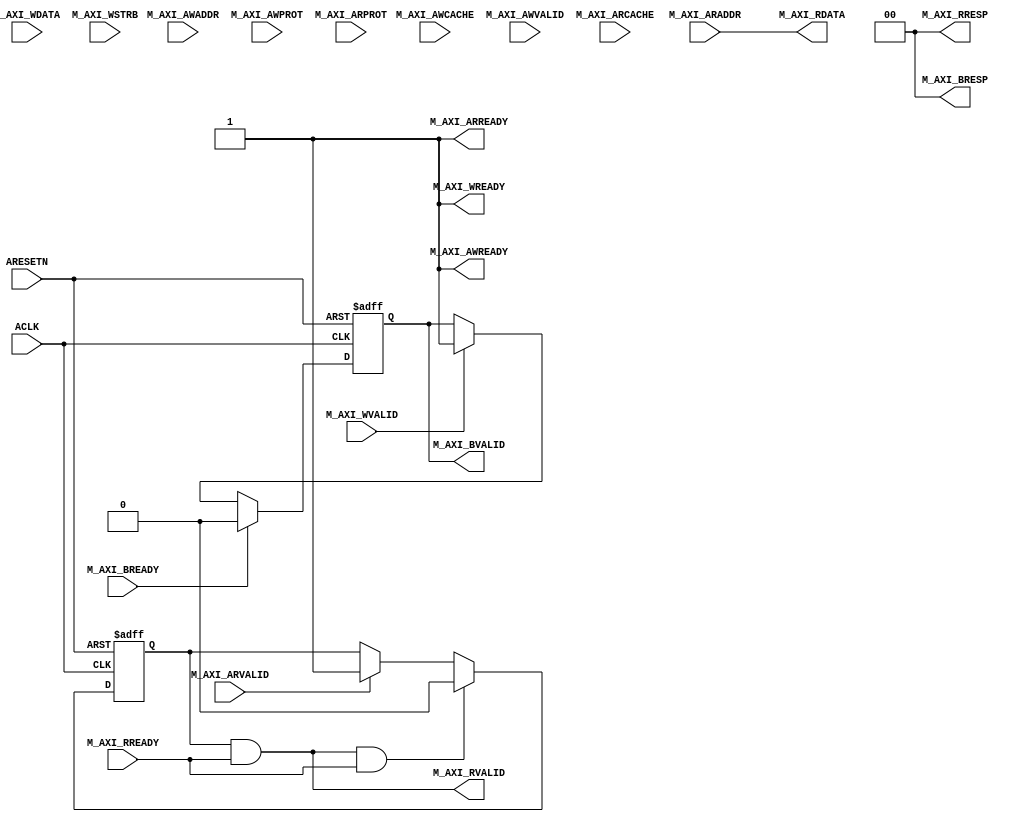
module tb_axil_slave_model
  (
   // Reset, Clock
   input            ARESETN,
   input            ACLK,

   // Master Write Address
   input [31:0]     M_AXI_AWADDR,
   input [3:0]      M_AXI_AWCACHE,
   input [2:0]      M_AXI_AWPROT,
   input            M_AXI_AWVALID,
   output reg       M_AXI_AWREADY,

   // Master Write Data
   input [31:0]     M_AXI_WDATA,
   input [3:0]      M_AXI_WSTRB,
   input            M_AXI_WVALID,
   output reg       M_AXI_WREADY,

   // Master Write Response
   output reg [1:0] M_AXI_BRESP,
   output           M_AXI_BVALID,
   input            M_AXI_BREADY,

   // Master Read Address
   input [31:0]     M_AXI_ARADDR,
   input [3:0]      M_AXI_ARCACHE,
   input [2:0]      M_AXI_ARPROT,
   input            M_AXI_ARVALID,
   output reg       M_AXI_ARREADY,

   // Master Read Data
   output [31:0]    M_AXI_RDATA,
   output reg [1:0] M_AXI_RRESP,
   output           M_AXI_RVALID,
   input            M_AXI_RREADY
   );

   initial begin
      M_AXI_AWREADY  = 1;
      M_AXI_WREADY   = 1;
      M_AXI_BRESP    = 0;
      M_AXI_RRESP    = 0;
      M_AXI_ARREADY  = 1;
   end

   // AXI Read
   reg axi_rena;
   reg [7:0]  axi_length;
   always @(posedge ACLK or negedge ARESETN) begin
      if(!ARESETN) begin
         axi_rena <= 0;
         axi_length <= 0;
      end else begin
         if(M_AXI_RVALID & M_AXI_RREADY) begin
            axi_rena <= 0;
         end else if(M_AXI_ARVALID) begin
            axi_rena <= 1;
         end
      end
   end
   assign M_AXI_RDATA  = M_AXI_ARADDR;
   assign M_AXI_RVALID = axi_rena & M_AXI_RREADY;

   // AXI BResponse
   reg axi_wvalid;
   always @(posedge ACLK or negedge ARESETN)begin
      if(!ARESETN) begin
         axi_wvalid <= 0;
      end else begin
         if(M_AXI_BREADY) begin
            axi_wvalid <= 0;
         end else if (M_AXI_WVALID) begin
            axi_wvalid <= 1;
         end
      end
   end

   assign M_AXI_BVALID  = axi_wvalid;

endmodule